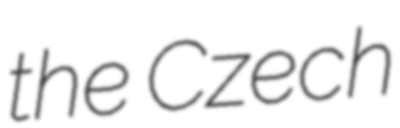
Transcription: the Czech